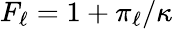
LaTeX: F_{\ell}=1+\pi_{\ell}/\kappa